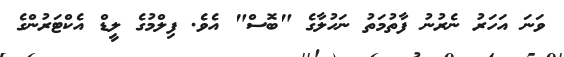
ވަނަ އަހަރު ނެރުނު ފާތުމަތު ނަހުލާގެ "ބޮސް" އެވެ. ފިލްމުގެ ލީޑް އެކްޓަރުންގެ